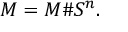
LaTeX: M = M \# S ^ { n } .